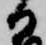
日